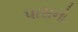
પાસનો